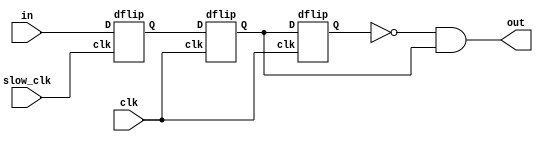
`timescale 1ns / 1ps
//////////////////////////////////////////////////////////////////////////////////
// Company: 
// Engineer: 
// 
// Design Name: 
// Module Name: debounce
// Project Name: 
// Target Devices: 
// Tool Versions: 
// Description: 
// 
// Dependencies: 
// 
// Revision:
// Revision 0.01 - File Created
// Additional Comments:
// 
//////////////////////////////////////////////////////////////////////////////////


module debounce(
    input clk,
    input slow_clk,
    input in,
    output out
    );
    
    wire Q1, Q2, Q3;
    assign out = (~Q3) && (Q2);
    
    dflip d0(.clk(slow_clk),.D(in),.Q(Q1));
    dflip d1(.clk(clk),.D(Q1),.Q(Q2));
    dflip d2(.clk(clk),.D(Q2),.Q(Q3));
    
    
    
endmodule

module debounce2(
    input clk,
    input slow_clk,
    input in,
    output out
    );
    
    wire Q1, Q2;
    assign out = (Q1)&&(Q2);
    
    dflip d0(.clk(slow_clk),.D(in),.Q(Q1));
    dflip d1(.clk(clk),.D(Q1),.Q(Q2));
    
    
    
endmodule

module dflip(
    input clk,
    input D,
    output reg Q
    );
    initial begin
    Q <= 0;
    end
    
    always @(posedge clk) begin
    Q <= D;
    end
    
endmodule